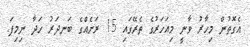
އެގޮތުން މިހާރު ވާނީ މިއަހަރުގެ ތެރޭގައި 15 ރަށެއްގެ ބަނދަރު ހަދާ ނިމިފަ.